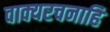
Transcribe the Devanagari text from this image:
वाक्यरचनाहि